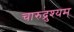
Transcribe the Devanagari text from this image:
चारुद्रुश्यम्